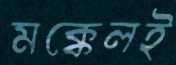
মক্কেলই